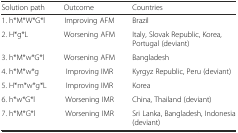
| Solution path | Outcome | Countries |
 | --- | --- | --- |
 | 1. h*M*W*G*l | Improving AFM | Brazil |
 | 2. H*g*L | Worsening AFM | Italy, Slovak Republic, Korea, Portugal (deviant) |
 | 3. h*M*w*G*l | Worsening AFM | Bangladesh |
 | 4. h*M*w*g | Improving IMR | Kyrgyz Republic, Peru (deviant) |
 | 5. H*m*w*g*L | Improving IMR | Korea |
 | 6. h*w*G*l | Worsening IMR | China, Thailand (deviant) |
 | 7. h*M*G*l | Worsening IMR | Sri Lanka, Bangladesh, Indonesia (deviant) |